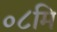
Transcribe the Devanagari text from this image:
०८मि